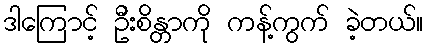
ဒါကြောင့် ဦးစိန္တာကို ကန့်ကွက် ခဲ့တယ်။